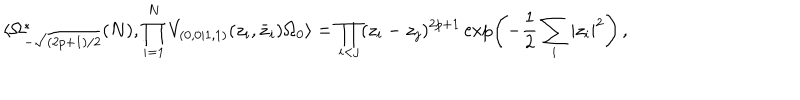
\langle \Omega _ { - \sqrt { ( 2 p + 1 ) / 2 } } ^ { * } ( N ) , \prod _ { i = 1 } ^ { N } V _ { ( 0 , 0 | 1 , 1 ) } ( z _ { i } , \bar { z } _ { i } ) \Omega _ { 0 } \rangle = \prod _ { i < j } ( z _ { i } - z _ { j } ) ^ { 2 p + 1 } \exp \left( - \frac { 1 } { 2 } \sum _ { i } | z _ { i } | ^ { 2 } \right) \, ,